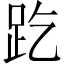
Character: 趷